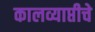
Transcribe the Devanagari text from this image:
कालव्याप्तीचे